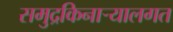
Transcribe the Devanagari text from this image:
समुद्रकिनार्‍यालगत